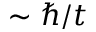
\sim \hbar / t